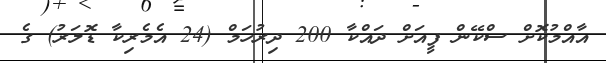
އާއްމުކޮށް ސްކޭން ފީއަށް ދައްކާ 200 ދިރުހަމް (24 އެމެރިކާ ޑޮލަރު) ގެ